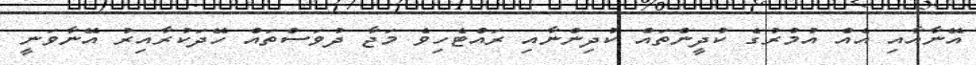
އޭނާއާއި އެއް އުމުރުގެ ކުދީންތައް ކުދިންނާއި ރައްޓެހިވެ މަޖާ ދުވަސްތައް ހޭދަކުރާއިރު އޭނާވަނީ